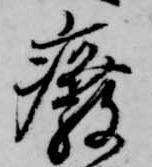
廃